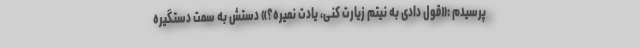
پرسیدم :«قول دادی به نیتم زیارت کنی، یادت نمیره؟» دستش به سمت دستگیره